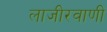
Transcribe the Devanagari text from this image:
लाजीरवाणी